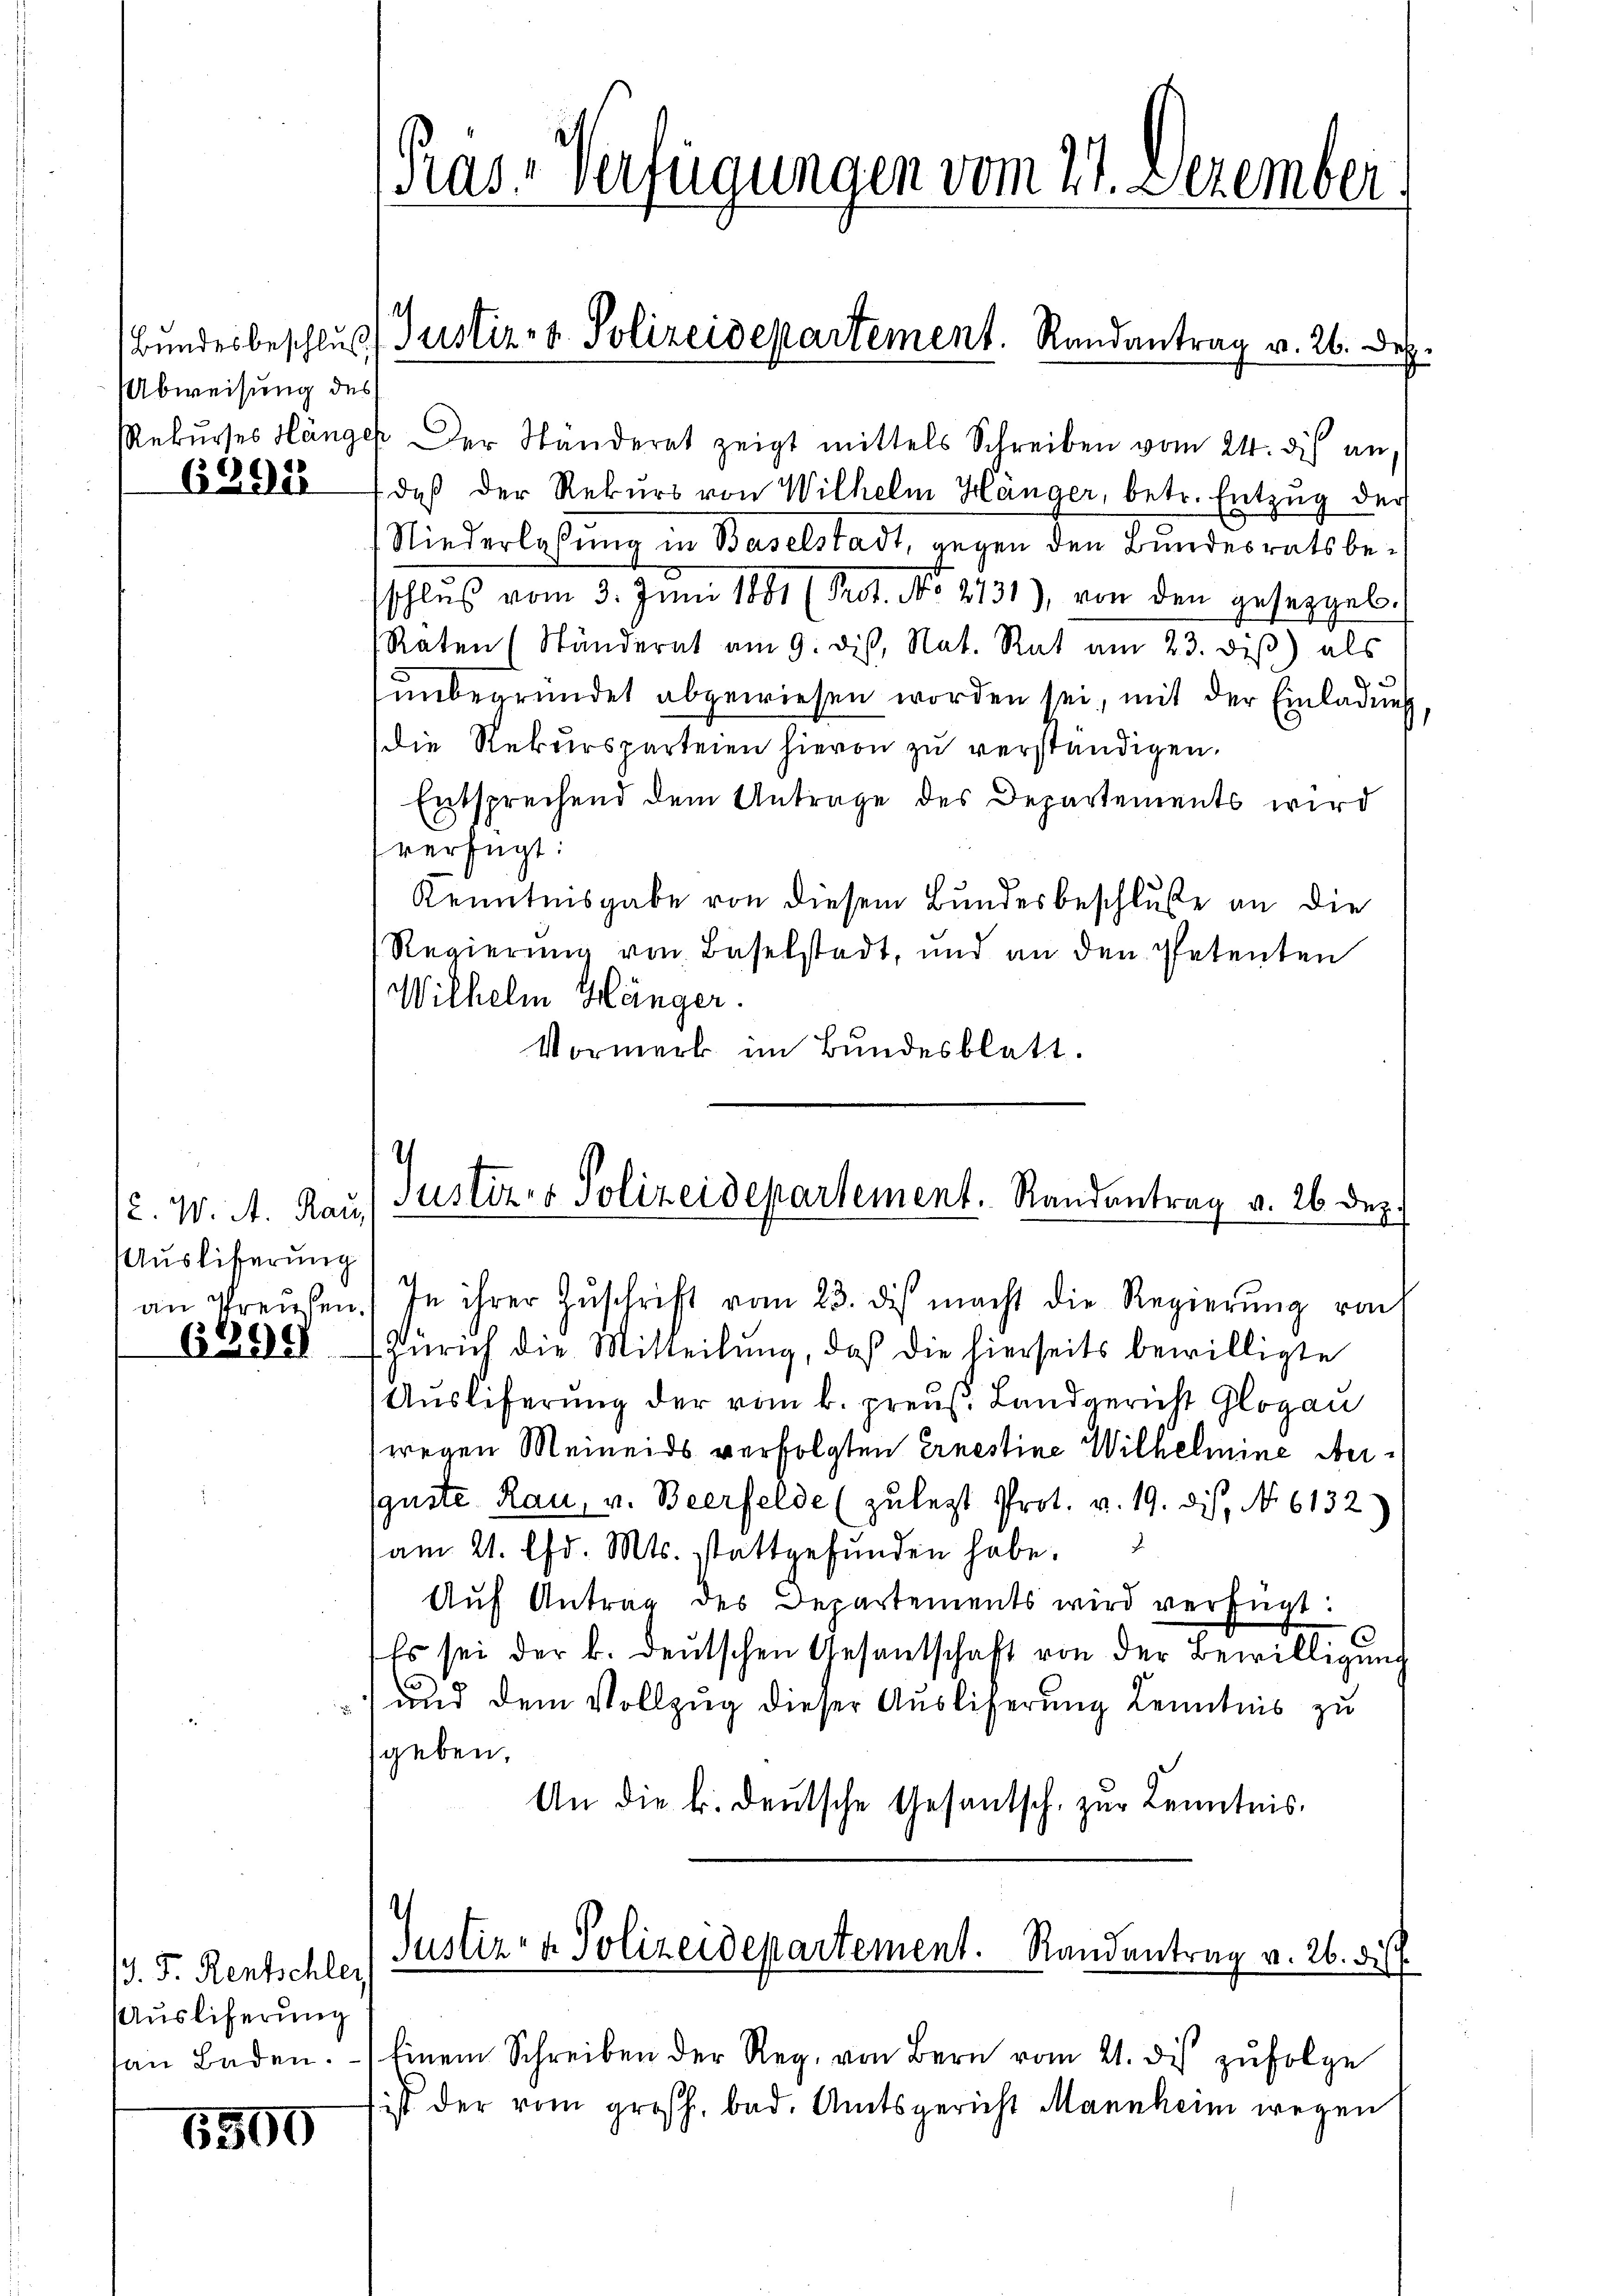
Abweisung des

6298

12. W. A. Rau,
Ausliferung
an Preusen.
6289

13. J. Rentschler
Auslieferung
san Baden.

6500

Pras-Verfügungen vom 21. Dezember

Rekŭrses Hänger der Ständerat zeigt mittels Schreiben vom 24. dis an.
daß der Rekŭrs von Wilhelm Hänger, betr. Entzug der
Niederlassung in Baselstadt, gegen den Bundesrats beschlŭβ vom 3. Juni 1881 (Prot. No. 2731), von den gesetzgeb-
Raten (Ständerat am 9. dis, Nat. Rat am 23. diβ) als
unbegründet abgewiesen worden sei, mit der Einladung
Die Rekursparteien hievon zu verständigen.
Entsprechend dem Antrage des Departements wird
verfügt:
Kenntnisgabe von diesem Bundesbeschluße an die
Regierung von Baselstadt, und an den Petenten
Wilhelm Hänger.
Vormerk im Bundesblatt.

Bundesbeschluß) Justiz- & Polizeidepartement. Randantrag v. 26. Dez.

/
Justiz & Polizeidepartement. Randantrag v. 26 Dez.

In ihrer Zuschrift vom 23. di macht die Regierung von
Zürich die Mitteilung, daß die hierseits bewilligte
Auslieferung der vom k. preuß. Landgericht Glogau
wegen Meineids verfolgten Ernestine Wilhelmine Meiguste Rau, v. Beerfelde (zuletzt Prot. v. 19. dis, No. 6132)
am 21. Chr. Mts. stattgefŭnden habe.
Aŭf Antrag des Departements wird verfügt:
Es sei der k. deutschen Gesantschaft von der Bewilligung
und dem Vollzug dieser Auslieferung Kenntnis zu
geben.
An die k. deŭtsche Gesantsch. zŭr Kenntnis.
1
Justiz- & Polizeidepartement. Randantrag v. 26. di
Einem Schreiben der Reg. von Bern vom 21. des zufolge
ist der vom großh. bad. Amtsgericht Mannheim wegen